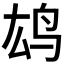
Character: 𫠖